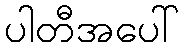
ပါတီအပေါ်